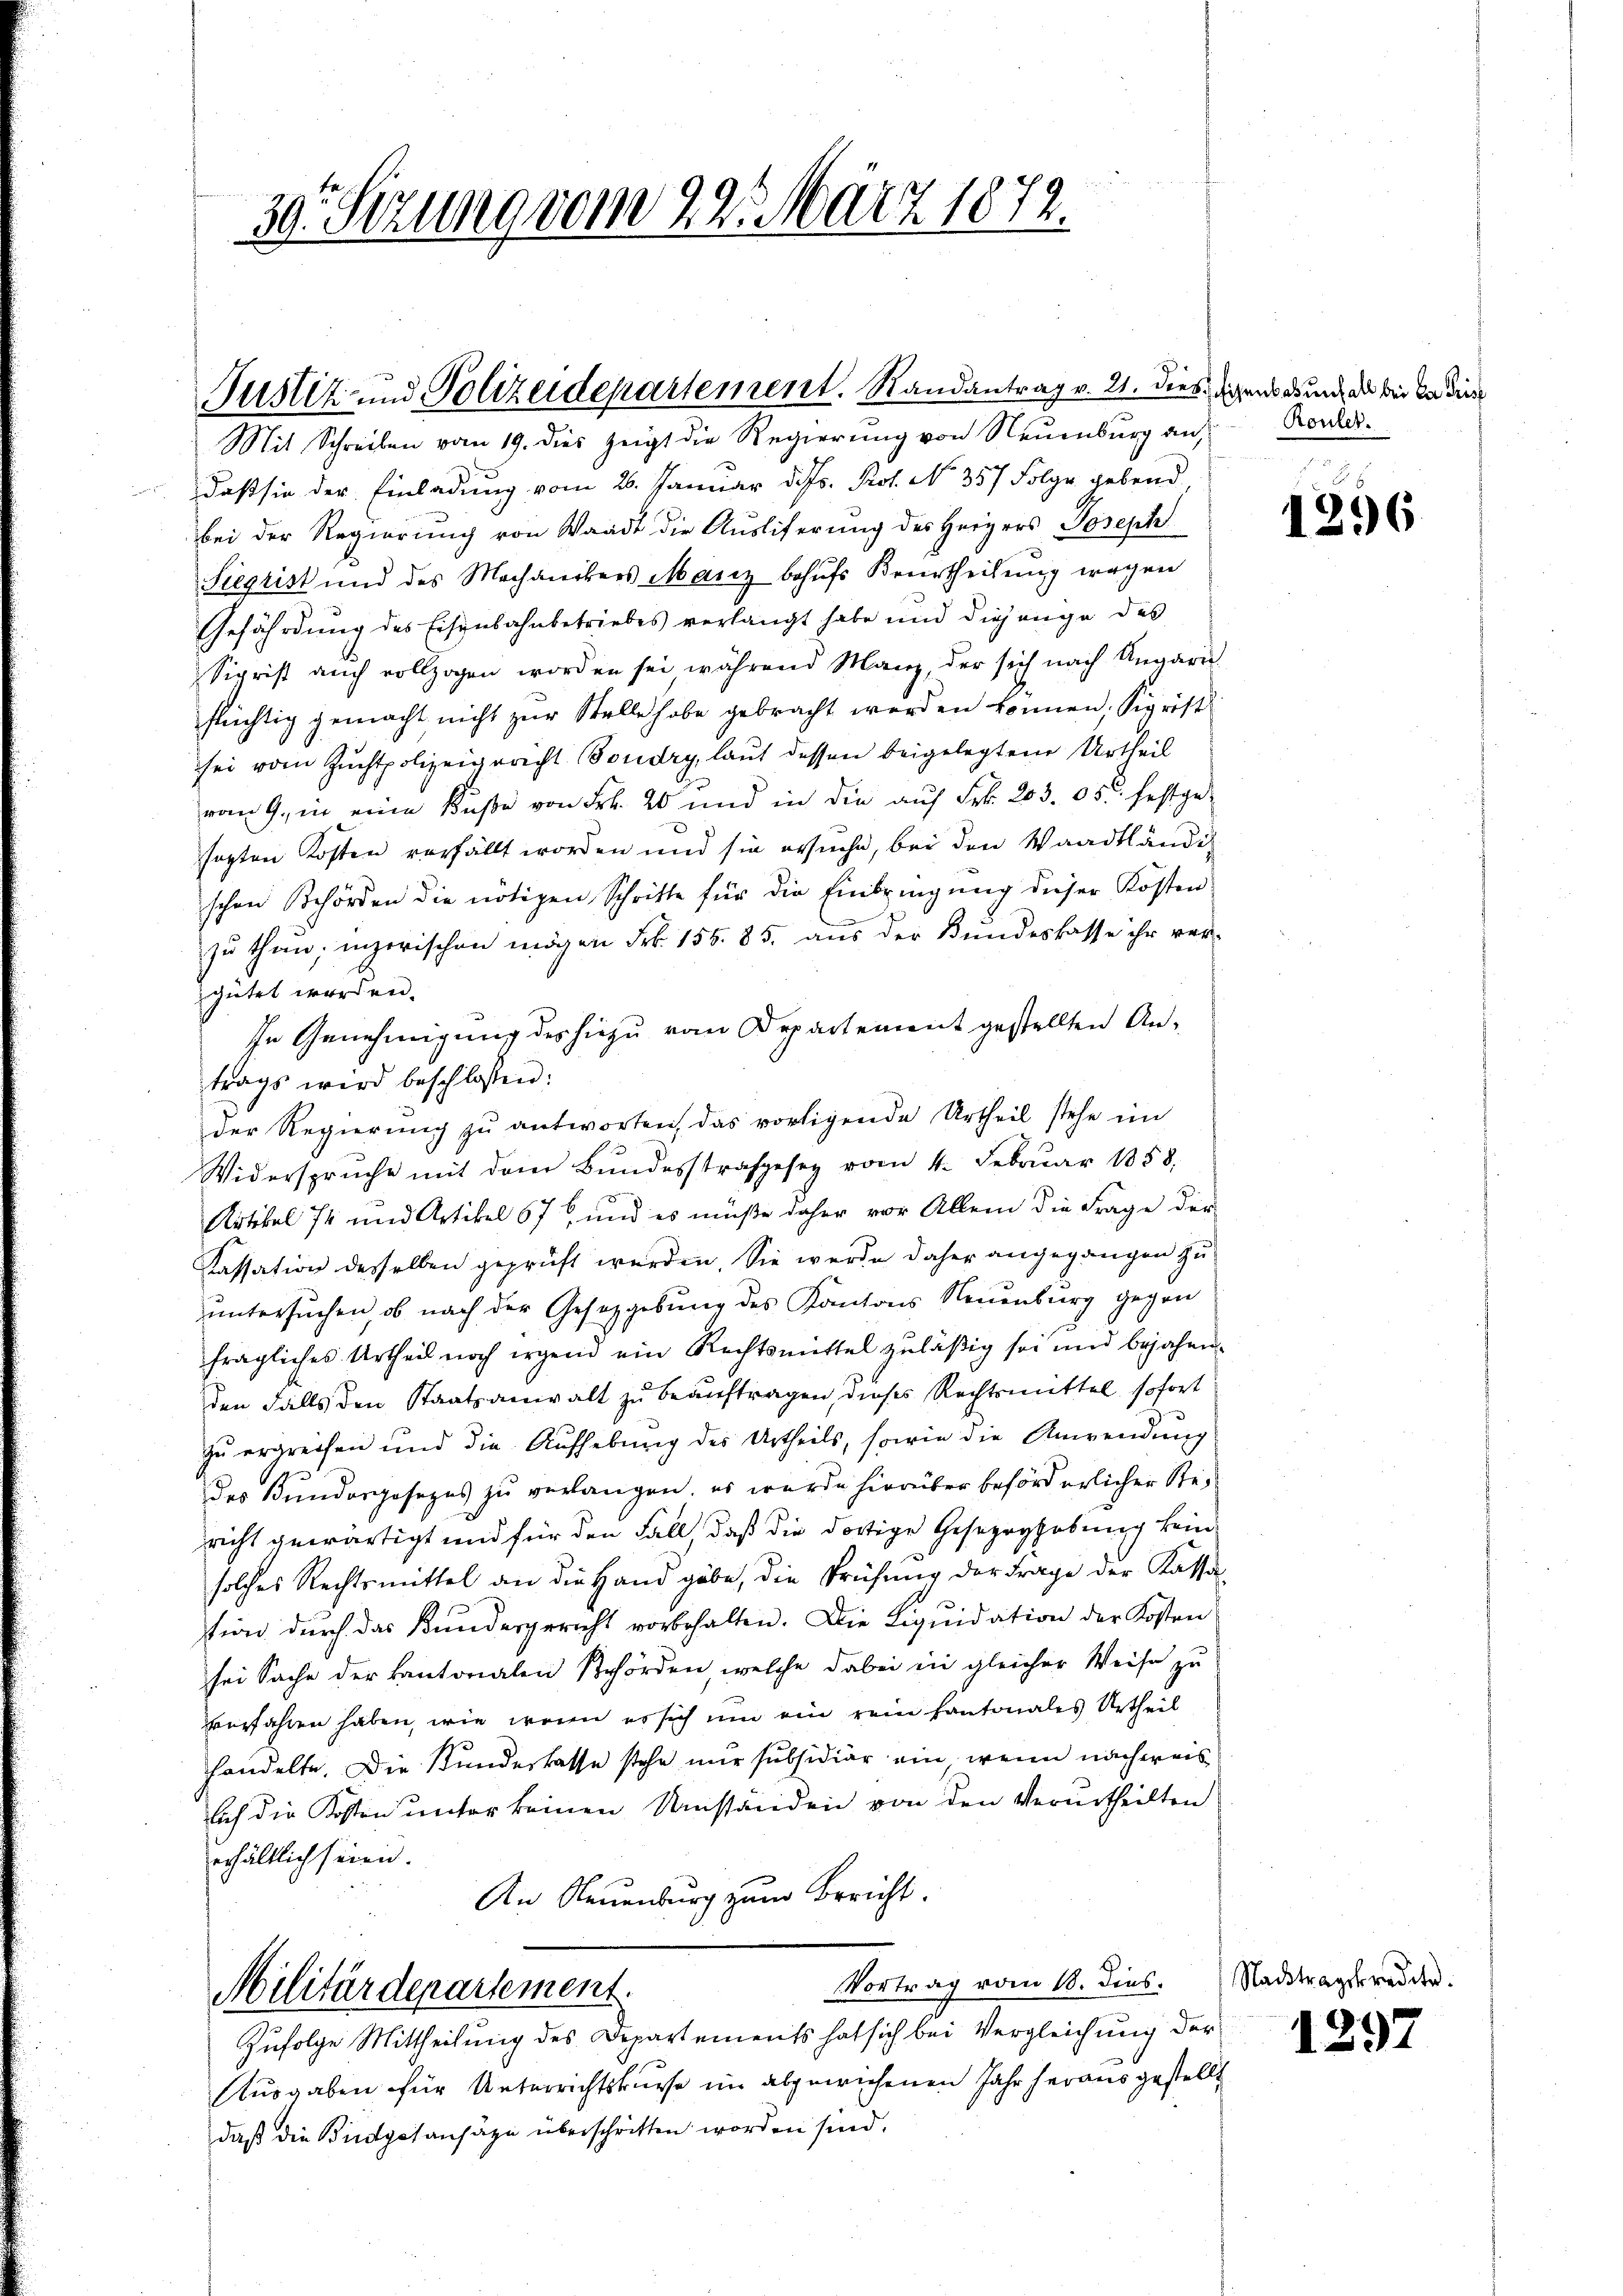
30. Sizung vom 22. März 1872.

daß sie der Einladung vom 26. Januar d. Js. Prof. No 357 Folge gebend
bei der Regierung von Waadt die Ausliferung des Herzers Joseph
Siegrist und des Mechanikers Manz behufs Beurtheilung wegen
Gefährdung des Eisenbahnbetriebes verlangt habe und diesenge des
Sigrist auch vollzogen worden sei während Manz, der sich nach Ungari
flüchtig gemacht nicht zur Stelle habe gebracht werden können. Sigrist
sei vom Zuchtpolizeigericht Boudry, laut dessen beigelegten Urtheil
vom 9. in eine Küße von Frk. 20 und in die aŭf Frk. 203. 05. festge-
sagten Kosten verfällt worden und sie ersuche, bei den Waadtländig
schen Behörden die nötigen Schritte für die Einbringŭng dieser Kosten
zu thun; inzerischen mögen Frk. 156. 85. aus der Bundeskasse ihr ver-
gütet worden.
In Genehmigung des hiezu vom Departement gestellten Antrags wird beschlossen:
der Regierung zu antworten, das vorligende Urtheil stehe im
Widerspruche mit dem Bundesstrafgesez vom 4. Februar 1858.
Artikel 74 und Artikel 67 und es müße daher vor Allem die Frage der
Kassation desselben geprüft werden. Sie werde daher angegangen zu
untersuchen, ob nach der Gesetzgebung des Kantons Neuenburg gegen
fragliches Urtheil noch irgend ein Rechtsmittel zuläßig sei und bejahen.
den Falls den Staatsanwalt zu beauftragen, dieses Rechtsmittel sofort
zu ergreifen und die Aufhebung des Urtheils, sowie die Anwendung
des Bundergesezes zu verlangen, es wurde hierüber beförderlicher Stericht gewärtigt und für den Fall, daß die dortige Geseznghebung kein
solches Rechtsmittel an die Hand gäbe, die Prüfung der Frage der Kassa
tion durch das Kundergericht vorbehalten. Die Liquidation der Kosten
sei Sache der kantonalen Behörden, welche dabei in gleicher Weise zu
verfahren haben, wie wenn es sich um ein rein Kantonales Urtheil
handelte. Die Kundeskasse stehe nur subsidier ein wenn nachweis
lich die Kosten unter keinen Umständen von den Verurtheilten
erhältlich seien.
An Neuenburg zum Bericht.
Vortrag vom 18. dies.
Militärdepartement.
Zufolge Mittheilung des Departements hat sich bei Vergleichung der
Ausgaben für Unterrichtskurse im abgewiesenen Jahr herausgestellt
daß die Bindgasansäze überschritten worden sind.

Justiz und Polizeidepartement. Randantrag v. 21. dies sichens durch das bei da die
Mit Schreiben vom 19. dies zeigt die Regierung von Neuenburg an

Rouler.

Nachtrag

1296

1297

kredite.